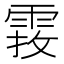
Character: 𩃂